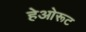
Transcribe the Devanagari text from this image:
हेओरूट